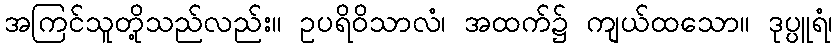
အကြင်သူတို့သည်လည်း။ ဥပရိဝိသာလံ၊ အထက်၌ ကျယ်ထသော။ ဒုပ္ပူရံ၊